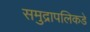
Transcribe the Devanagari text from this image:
समुद्रापलिकडे